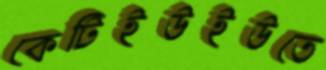
কেটিইউইউতে